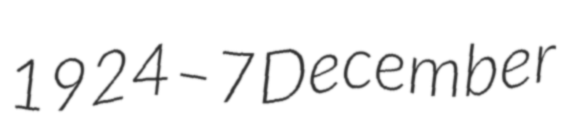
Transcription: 1924 – 7 December